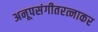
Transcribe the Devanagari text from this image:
अनूपसंगीतरत्नाकर